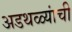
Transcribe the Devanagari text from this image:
अडथळ्यांची